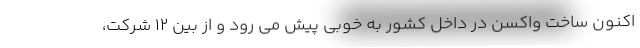
اکنون ساخت واکسن در داخل کشور به خوبی پیش می رود و از بین ۱۲ شرکت،